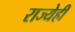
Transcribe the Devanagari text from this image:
राज्येही